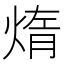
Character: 𤌃